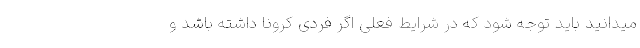
میدانید باید توجه شود که در شرایط فعلی اگر فردی کرونا داشته باشد و